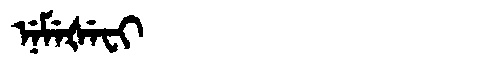
Manchu: ᠨᡝᠮᡝᡧᡝᠸᡳ
Romanization: NEMEŠEFI